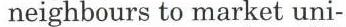
 neighbours to market uni-